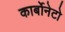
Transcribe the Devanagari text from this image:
कार्बोनेटो